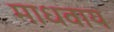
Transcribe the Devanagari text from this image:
माधवाय